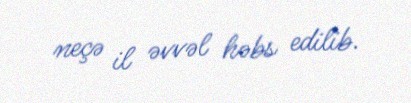
neçə il əvvəl həbs edilib.